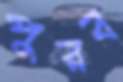
পুরব